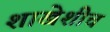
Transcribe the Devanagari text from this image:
शाखेशीच